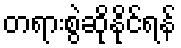
တရားစွဲဆိုနိုင်ရန်